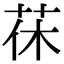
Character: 茠